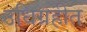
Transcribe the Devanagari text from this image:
उधिग्रहीत